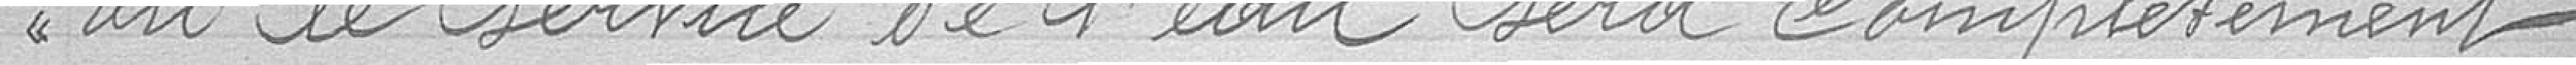
où le service de l'eau sera complètement